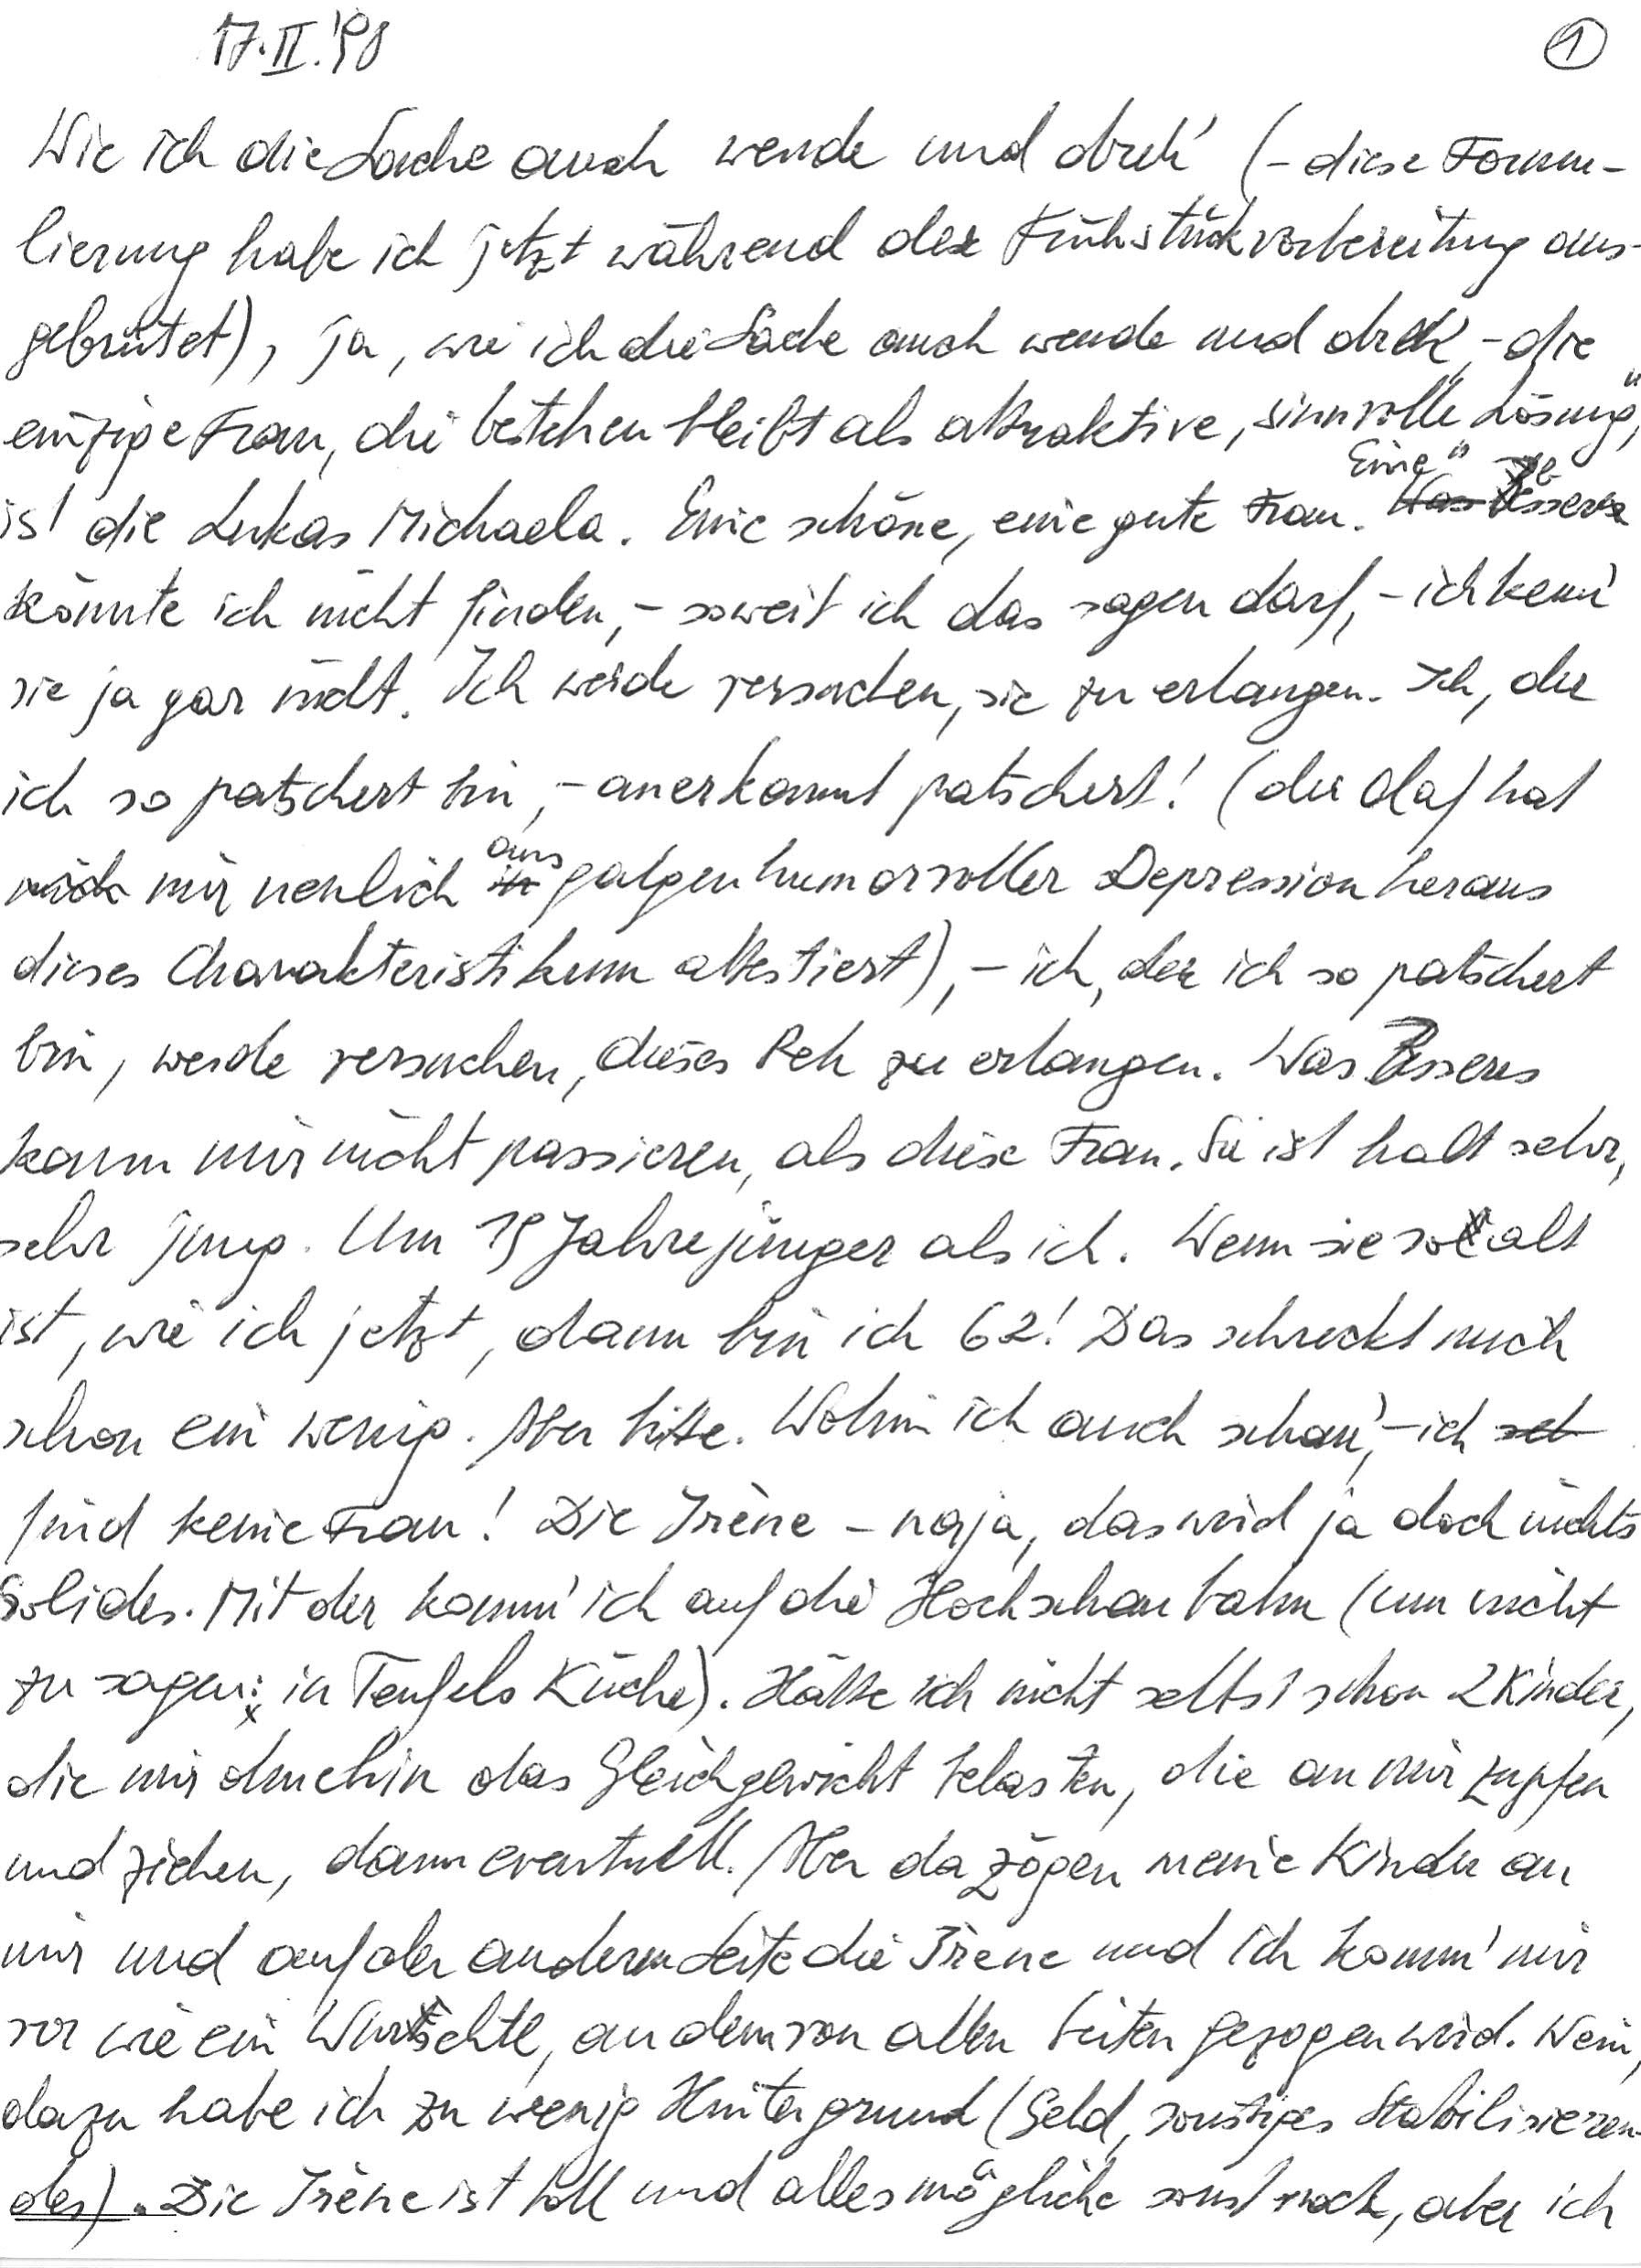
17. II. ‘98
Wie ich die Sache auch wende und dreh‘ (– diese Formu-
lierung habe ich jetzt während der Frühstücksvorbereitung aus-
gebrütet), ja, wie ich die Sache auch wende und dreh‘, – die
einzige Frau, die bestehen bleibt als attraktive, sinnvolle „Lösung“,
ist die Lukas Michaela. Eine schöne, eine gute Frau. Eine bessere
könnte ich nicht finden, – soweit ich das sagen darf, – ich kenn‘
sie ja gar nicht. Ich werde versuchen, sie zu erlangen. Ich, der
ich so patschert bin, – anerkannt patschert! (der Olaf hat
mir neulich aus galgenhumorvoller Depression heraus
dieses Charakteristikum attestiert), – ich, der ich so patschert
bin, werde versuchen, dieses Reh zu erlangen. Was Besseres
kann mir nicht passieren, als diese Frau. Sie ist halt sehr,
sehr jung. Um 19 Jahre jünger als ich. Wenn sie so alt
ist, wie ich jetzt, dann bin ich 62! Das schreckt mich
schon ein wenig. Aber bitte. Wohin ich auch schau‘, – ich
find keine Frau! Die Irène – naja, das wird ja doch nichts
Solides. Mit der komm‘ ich auf die Hochschaubahn (um nicht
zu sagen: in Teufels Küche). Hätte ich nicht selbst schon 2 Kinder,
die mir ohnehin das Gleichgewicht belasten, die an mir zupfen
und ziehen, dann eventuell. Aber da zögen meine Kinder an
mir und auf der anderen Seite die Irène und ich komm‘ mir
vor wie ein Wurschtl, an dem von allen Seiten gezogen wird. Nein,
dazu habe ich zu wenig Hintergrund (Geld, sonstiges Stabilisieren-
des). Die Irène ist toll und alles mögliche sonst noch, aber ich